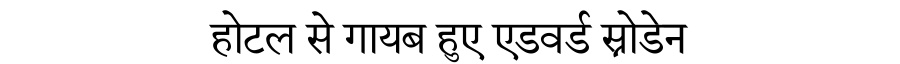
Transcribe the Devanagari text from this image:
होटल से गायब हुए एडवर्ड स्नोडेन